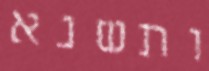
ותשנא